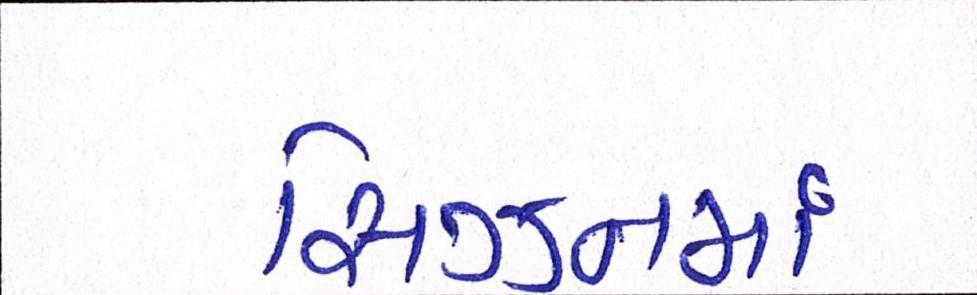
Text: સિઝનમાં